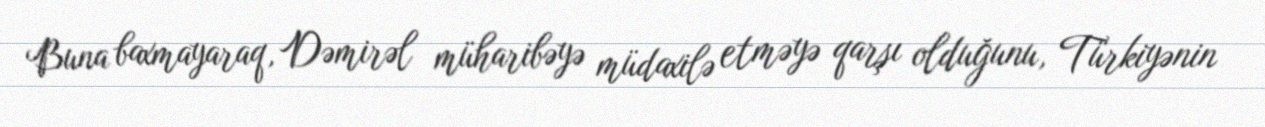
Buna baxmayaraq, Dəmirəl müharibəyə müdaxilə etməyə qarşı olduğunu, Türkiyənin